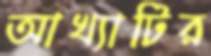
আখ্যাটির